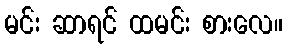
မင်း ဆာရင် ထမင်း စားလေ။